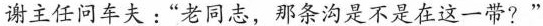
谢主任问车夫：“老同志，那条沟是不是在这一带？”